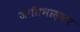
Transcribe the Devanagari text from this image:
जातिभास्कर